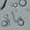
ماو